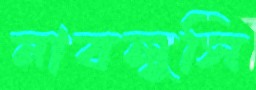
নাবলুসি